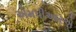
એમપીઆરએ